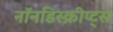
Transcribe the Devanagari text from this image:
नॉनडिस्क्रीप्ट्स